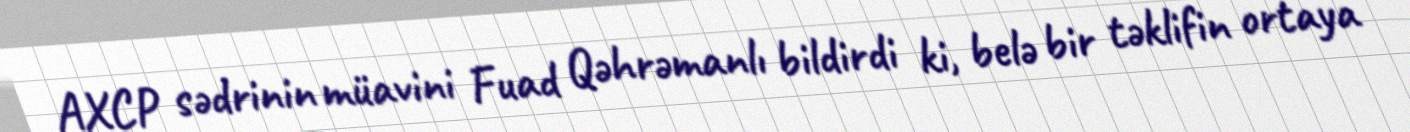
AXCP sədrinin müavini Fuad Qəhrəmanlı bildirdi ki, belə bir təklifin ortaya